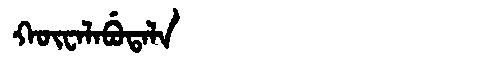
Manchu: ᡴᡡᠸᠠᠯᠠᠪᡠᡨᠠᠯᠠ
Romanization: KŪWALABUTALA